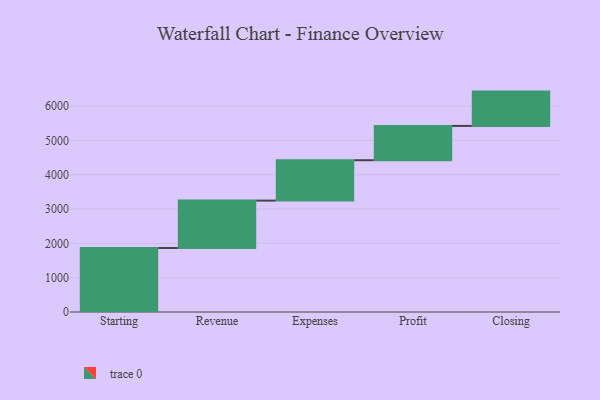
{"axis": {"x": "Step", "y": "Value"}, "legend": [""], "data": [{"x": "Starting", "y": 1865.0, "type": ""}, {"x": "Revenue", "y": 1382.0, "type": ""}, {"x": "Expenses", "y": 1177.0, "type": ""}, {"x": "Profit", "y": 1000, "type": ""}, {"x": "Closing", "y": 1000, "type": ""}]}